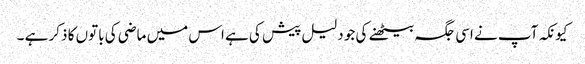
کیونکہ آپ نے اسی جگہ بیٹھنے کی جو دلیل پیش کی ہے اس میں ماضی کی باتوں کا ذکر ہے ۔